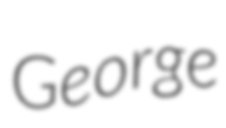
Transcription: George